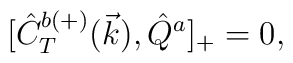
{[}\hat{C}^{b(+)}_T(\vec{k}),\hat{Q}^a]_{+}=0,